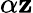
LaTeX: \alpha\mathbf{z}